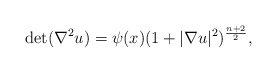
\begin{align*}\det(\nabla^2u)=\psi(x)(1+|\nabla u|^2)^{\frac{n+2}2},\end{align*}